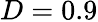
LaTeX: D=0.9